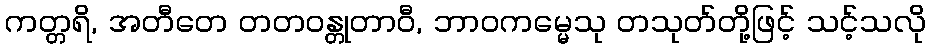
ကတ္တရိ, အတီတေ တတဝန္တုတာဝီ, ဘာဝကမ္မေသု တသုတ်တို့ဖြင့် သင့်သလို